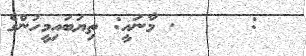
:     . މާނައީ: ތިޔަބައިމީހުންގެ